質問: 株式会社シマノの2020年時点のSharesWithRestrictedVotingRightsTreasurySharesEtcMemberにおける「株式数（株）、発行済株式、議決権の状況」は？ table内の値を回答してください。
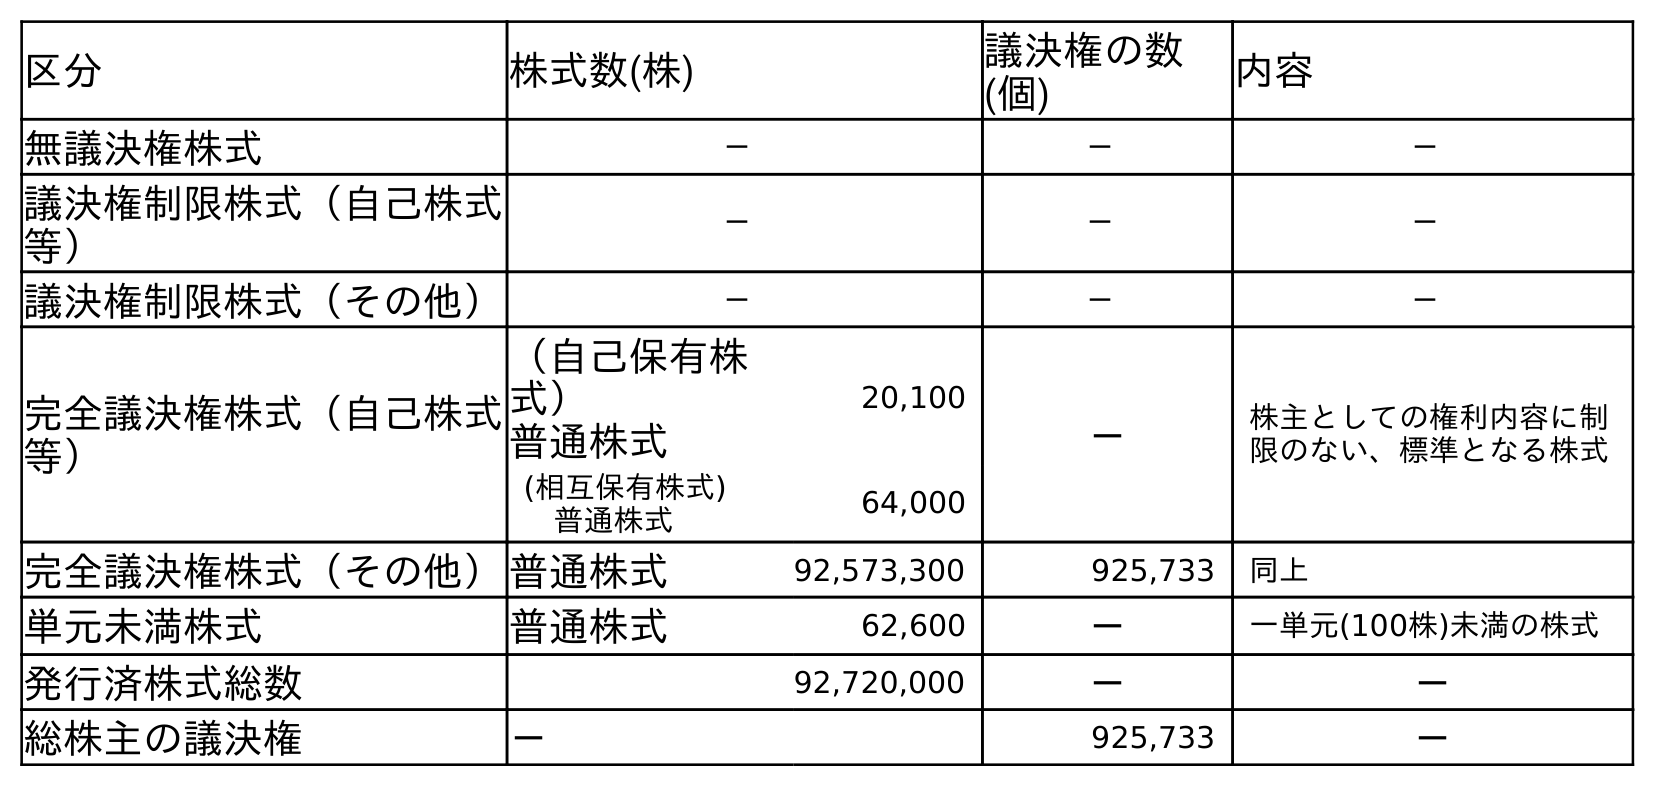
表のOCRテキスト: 区分 株式数(株) 議決権の数 (個) 内容 無議決権株式 － － － 議決権制限株式（自己株式 等） － － － 議決権制限株式（その他） － － － 完全議決権株式（自己株式 等） （自己保有株 式） 普通株式 20,100 － 株主としての権利内容に制 限のない、標準となる株式 (相互保有株式) 普通株式 64,000 完全議決権株式（その他）普通株式 92,573,300 925,733 同上 単元未満株式 普通株式 62,600 － 一単元(100株)未満の株式 発行済株式総数 92,720,000 － － 総株主の議決権 － 925,733 －
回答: －